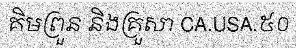
គិមព្រួន និងគ្រួសា CA.USA.៥០